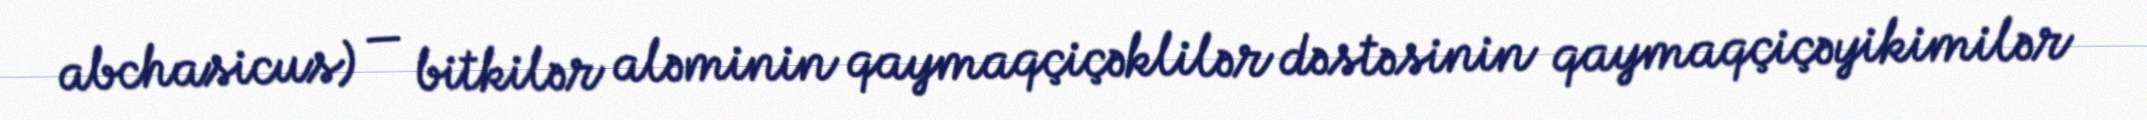
abchasicus) — bitkilər aləminin qaymaqçiçəklilər dəstəsinin qaymaqçiçəyikimilər